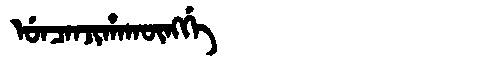
Manchu: ᡠᠨᠴᠠᠨᠵᡳᡥᠠᡴᡡᠩᡤᡝ
Romanization: UNCANJIHAKŪNGGE